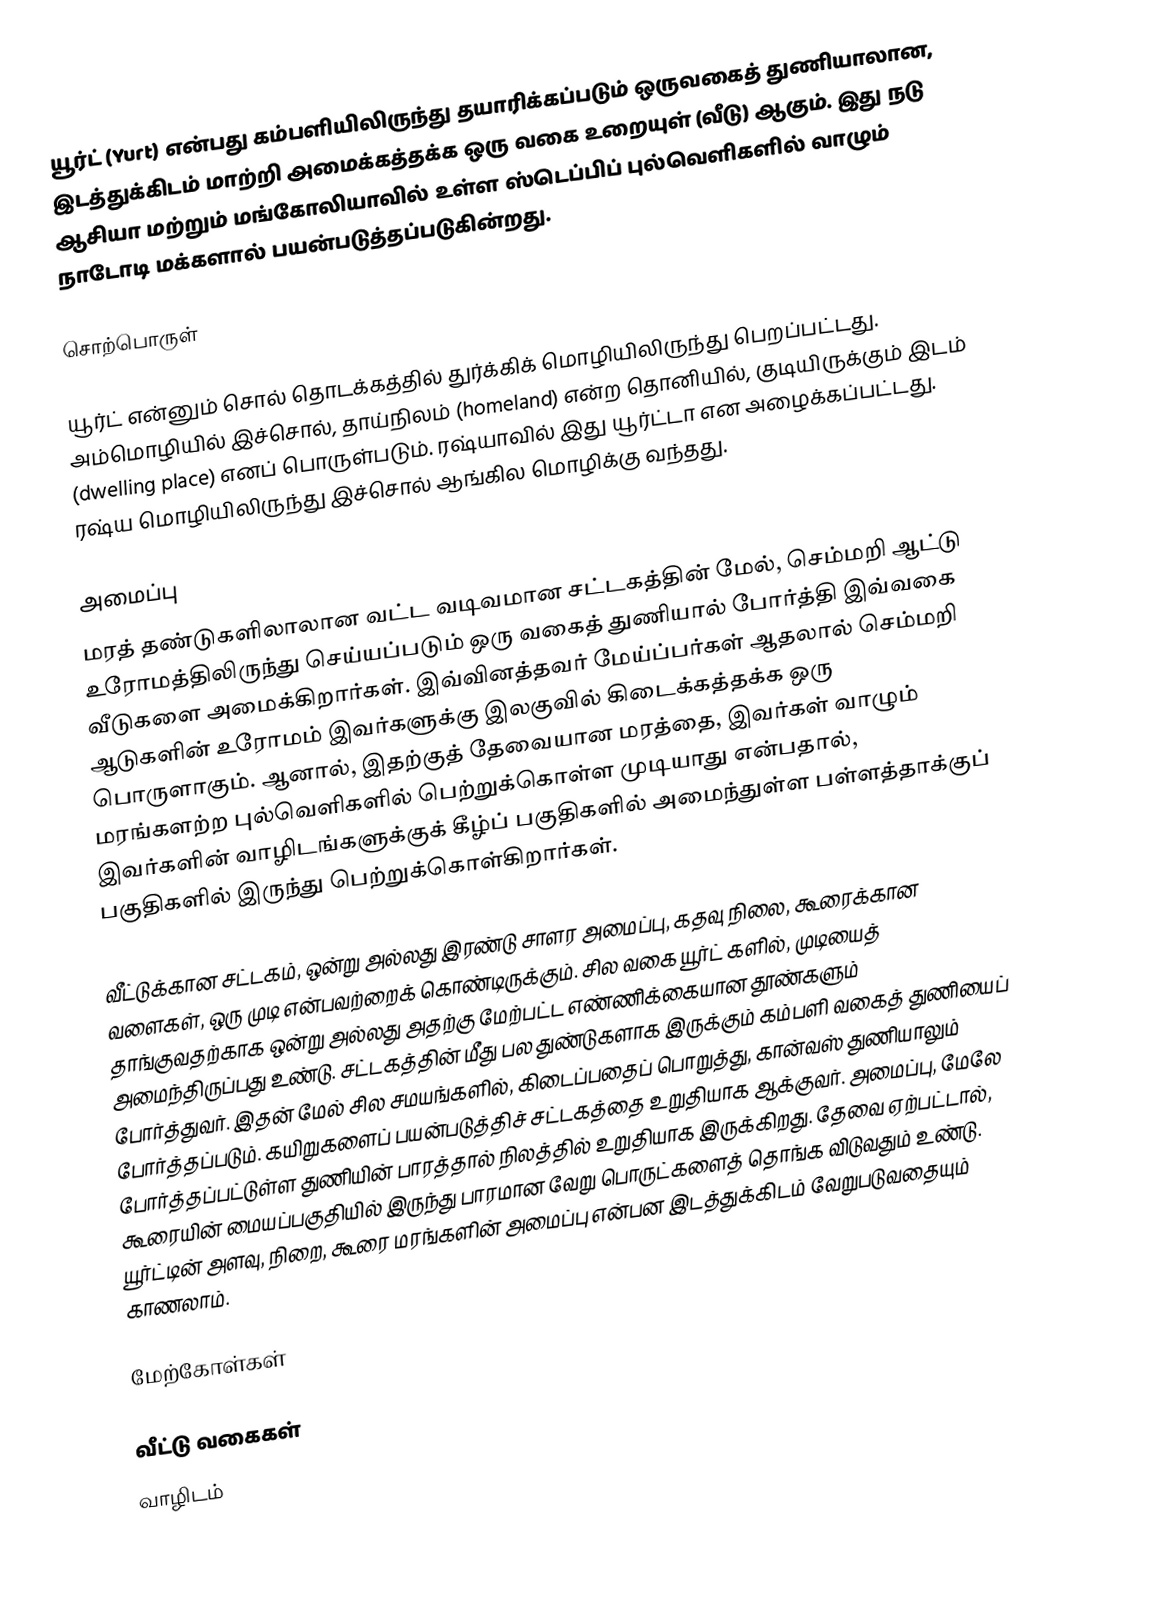
யூர்ட் (Yurt) என்பது கம்பளியிலிருந்து தயாரிக்கப்படும் ஒருவகைத் துணியாலான, இடத்துக்கிடம் மாற்றி அமைக்கத்தக்க ஒரு வகை உறையுள் (வீடு) ஆகும். இது நடு ஆசியா மற்றும் மங்கோலியாவில் உள்ள ஸ்டெப்பிப் புல்வெளிகளில் வாழும்   நாடோடி மக்களால் பயன்படுத்தப்படுகின்றது.

சொற்பொருள்

யூர்ட் என்னும் சொல் தொடக்கத்தில் துர்க்கிக் மொழியிலிருந்து பெறப்பட்டது. அம்மொழியில் இச்சொல், தாய்நிலம் (homeland) என்ற தொனியில், குடியிருக்கும் இடம் (dwelling place) எனப் பொருள்படும். ரஷ்யாவில் இது யூர்ட்டா என அழைக்கப்பட்டது. ரஷ்ய மொழியிலிருந்து இச்சொல் ஆங்கில மொழிக்கு வந்தது.

அமைப்பு
மரத் தண்டுகளிலாலான வட்ட வடிவமான சட்டகத்தின் மேல், செம்மறி ஆட்டு உரோமத்திலிருந்து செய்யப்படும் ஒரு வகைத் துணியால் போர்த்தி இவ்வகை வீடுகளை அமைக்கிறார்கள். இவ்வினத்தவர் மேய்ப்பர்கள் ஆதலால் செம்மறி ஆடுகளின் உரோமம் இவர்களுக்கு இலகுவில் கிடைக்கத்தக்க ஒரு பொருளாகும். ஆனால், இதற்குத் தேவையான மரத்தை, இவர்கள் வாழும் மரங்களற்ற புல்வெளிகளில் பெற்றுக்கொள்ள முடியாது என்பதால், இவர்களின் வாழிடங்களுக்குக் கீழ்ப் பகுதிகளில் அமைந்துள்ள பள்ளத்தாக்குப் பகுதிகளில் இருந்து பெற்றுக்கொள்கிறார்கள்.

வீட்டுக்கான சட்டகம், ஒன்று அல்லது இரண்டு சாளர அமைப்பு, கதவு நிலை, கூரைக்கான வளைகள், ஒரு முடி என்பவற்றைக் கொண்டிருக்கும். சில வகை யூர்ட் களில், முடியைத் தாங்குவதற்காக ஒன்று அல்லது அதற்கு மேற்பட்ட எண்ணிக்கையான தூண்களும் அமைந்திருப்பது உண்டு. சட்டகத்தின் மீது பல துண்டுகளாக இருக்கும் கம்பளி வகைத் துணியைப் போர்த்துவர். இதன் மேல் சில சமயங்களில், கிடைப்பதைப் பொறுத்து, கான்வஸ் துணியாலும் போர்த்தப்படும். கயிறுகளைப் பயன்படுத்திச் சட்டகத்தை உறுதியாக ஆக்குவர். அமைப்பு, மேலே போர்த்தப்பட்டுள்ள துணியின் பாரத்தால் நிலத்தில் உறுதியாக இருக்கிறது. தேவை ஏற்பட்டால்,  கூரையின் மையப்பகுதியில் இருந்து பாரமான வேறு பொருட்களைத் தொங்க விடுவதும் உண்டு. யூர்ட்டின் அளவு, நிறை, கூரை மரங்களின் அமைப்பு என்பன இடத்துக்கிடம் வேறுபடுவதையும் காணலாம்.

மேற்கோள்கள்

வீட்டு வகைகள்
வாழிடம்